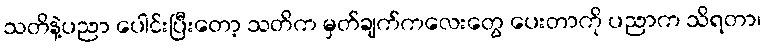
သတိနဲ့ပညာ ပေါင်းပြီးတော့ သတိက မှတ်ချက်ကလေးတွေ ပေးတာကို ပညာက သိရတာ၊